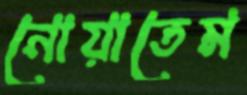
নোয়াতেম